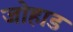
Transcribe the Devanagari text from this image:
जोहाड